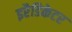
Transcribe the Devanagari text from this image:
इरैडिकेटर